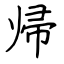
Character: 帰